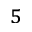
^ 5